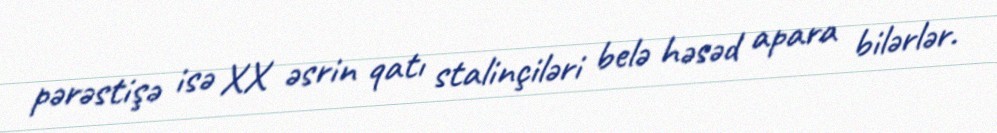
pərəstişə isə XX əsrin qatı stalinçiləri belə həsəd apara bilərlər.